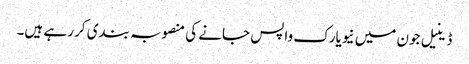
ڈینیل جون میں نیویارک واپس جانے کی منصوبہ بندی کر رہے ہیں۔